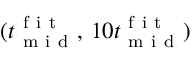
( t _ { \mathrm { ~ m ~ i ~ d ~ } } ^ { \mathrm { ~ f ~ i ~ t ~ } } , \, 1 0 t _ { \mathrm { ~ m ~ i ~ d ~ } } ^ { \mathrm { ~ f ~ i ~ t ~ } } )